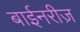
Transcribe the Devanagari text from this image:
बाईनरीज़